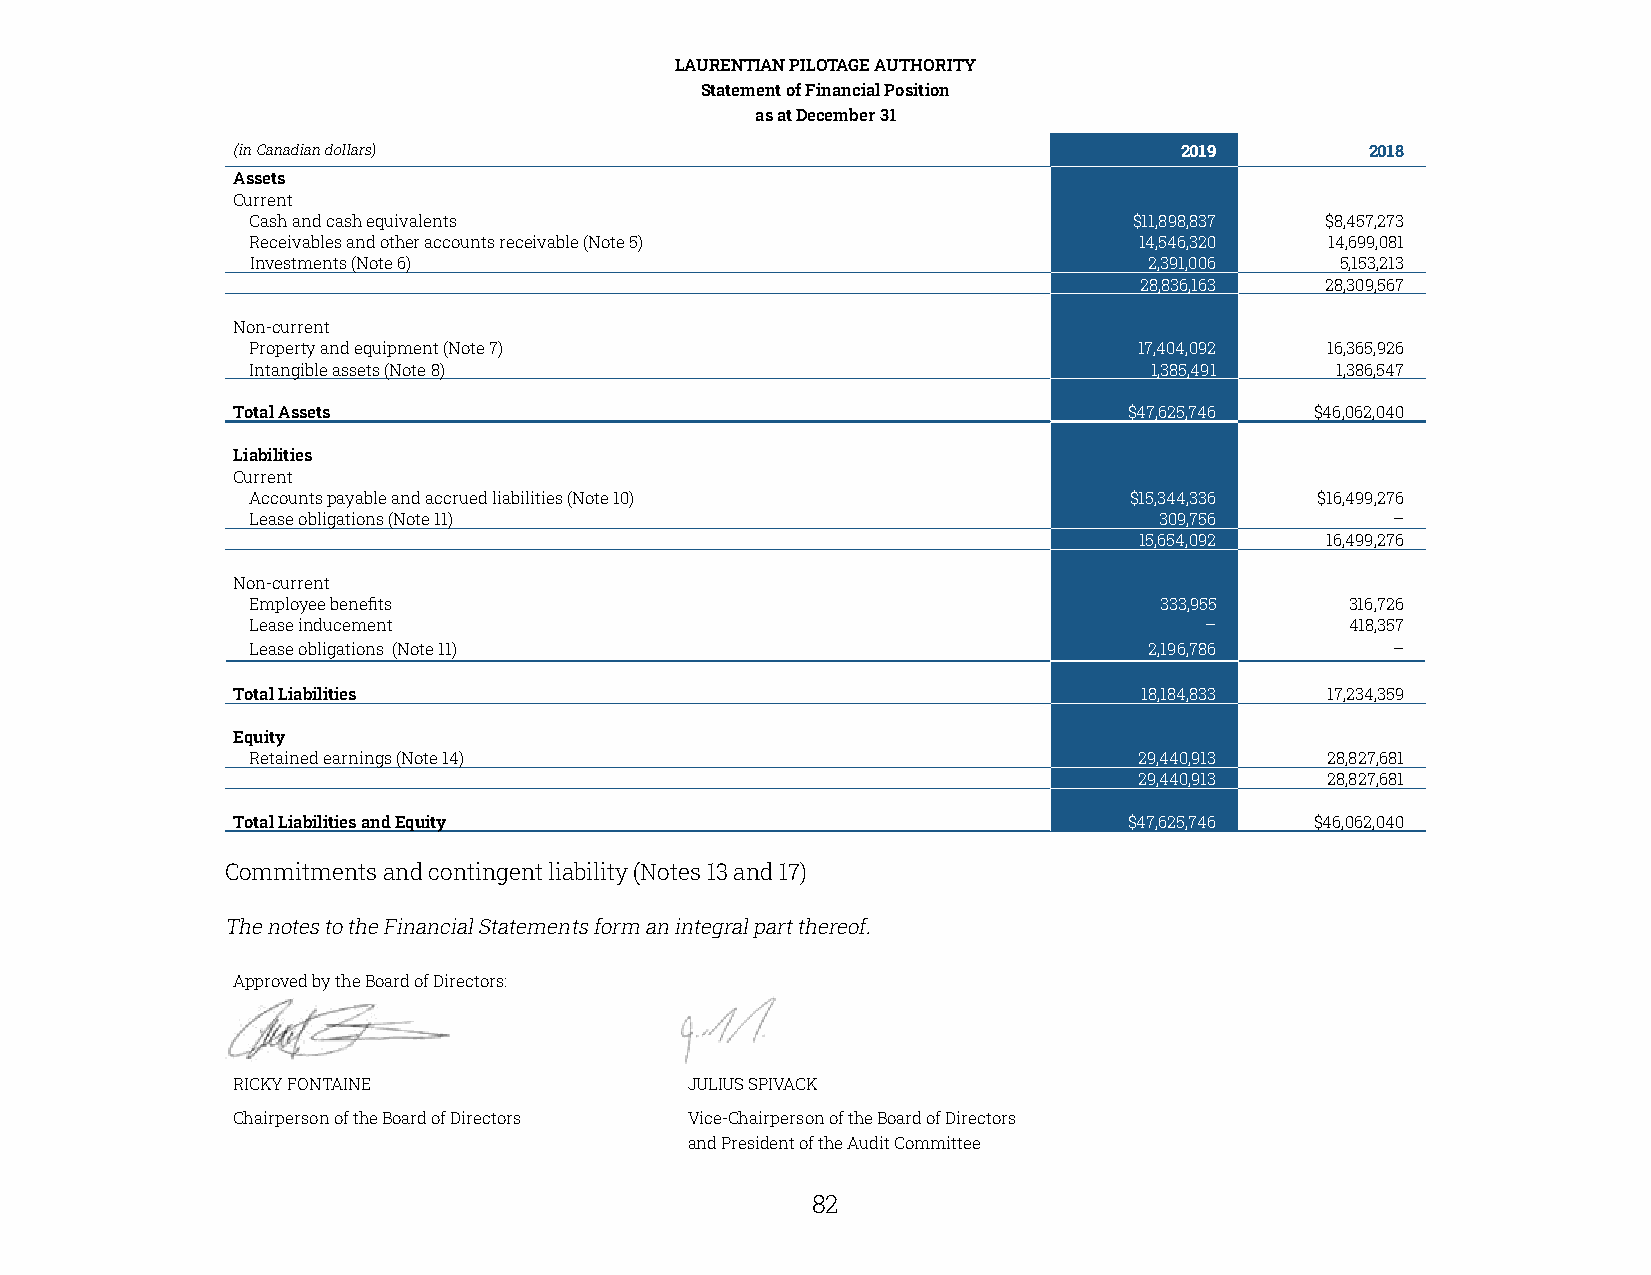
LAURENTIAN PILOTAGE AUTHORITY
 Statement of Financial Position
 as at December 31
 (in Canadian dollars)                                          2019         2018
 Assets
 Current
 Cash and cash equivalents                                 $11,898,837  $8,457,273
 Receivables and other accounts receivable (Note 5)        14,546,320   14,699,081
 Investments (Note 6)                                       2,391,006    5,153,213
 28,836,163   28,309,567
 Non-current
 Property and equipment (Note 7)                           17,404,092   16,365,926
 Intangible assets (Note 8)                                 1,385,491   1,386,547
 Total Assets                                                $47,625,746 $46,062,040
 Liabilities
 Current
 Accounts payable and accrued liabilities (Note 10)        $15,344,336 $16,499,276
 Lease obligations (Note 11)                                 309,756        –
 15,654,092   16,499,276
 Non-current
 Employee benefits                                           333,955     316,726
 Lease inducement                                               –        418,357
 Lease obligations (Note 11)                                2,196,786       –
 Total Liabilities                                            18,184,833  17,234,359
 Equity
 Retained earnings (Note 14)                               29,440,913   28,827,681
 29,440,913   28,827,681
 Total Liabilities and Equity                                $47,625,746 $46,062,040
 Commitments and contingent liability (Notes 13 and 17)
 The notes to the Financial Statements form an integral part thereof.
 Approved by the Board of Directors:
 RICKY FONTAINE                JULIUS SPIVACK
 Chairperson of the Board of Directors Vice-Chairperson of the Board of Directors
 and President of the Audit Committee
 82